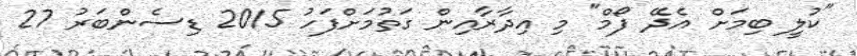
"ކުލީ ބިމަށް އެދޭ ފޯމް" މި އިދާރާއިން ގަތުމަށްފަހު 2015 ޑިސެންބަރު 27